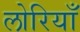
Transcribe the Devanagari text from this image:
लोरियाँ